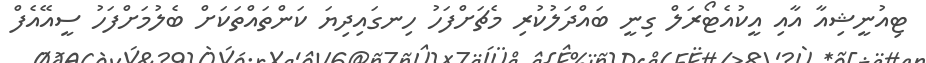
ޓިއުނީޝިއާ އާއި އީކުއެޓޯރަލް ގިނީ ބައްދަލުކުރި މެޗަށްފަހު ހިނގައިދިޔަ ކަންތައްތަކަށް ބެލުމަށްފަހު ސީއޭއެފް